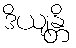
ဒိယျန္တိ